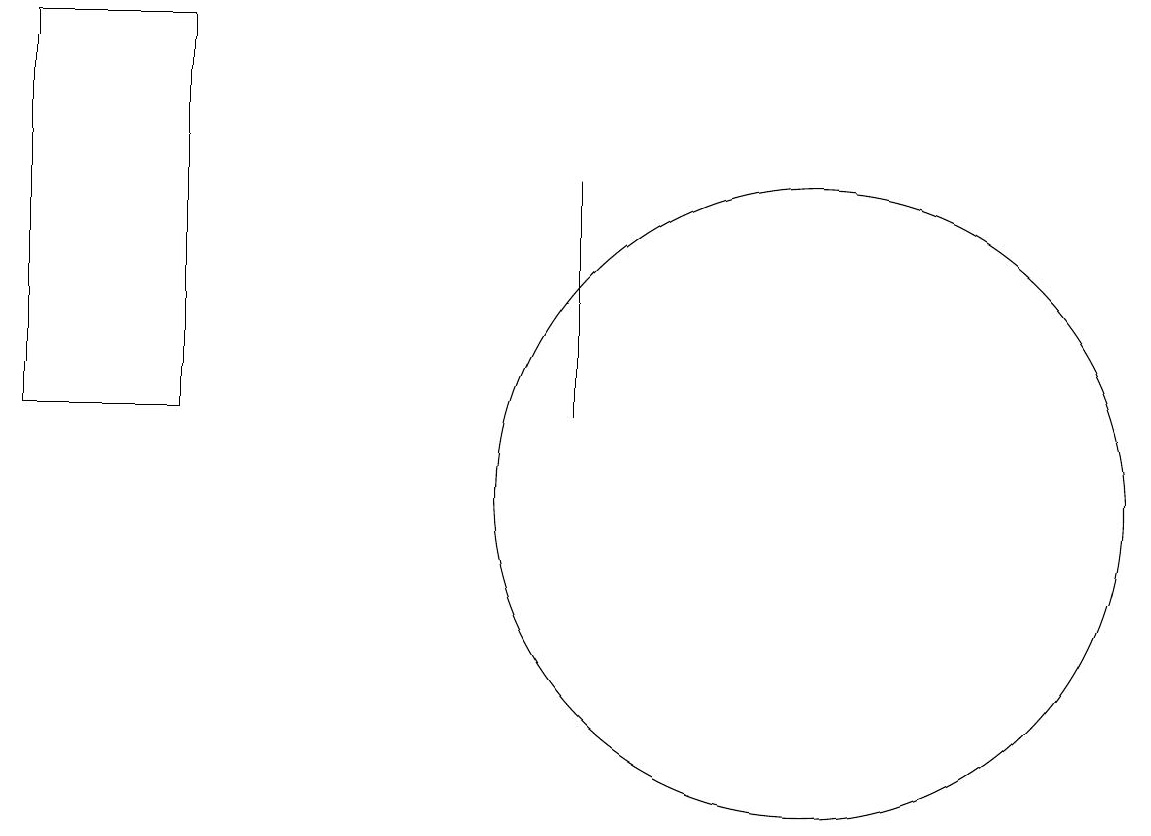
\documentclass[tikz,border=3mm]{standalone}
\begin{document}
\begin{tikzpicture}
\draw (10,11) circle (4);
\draw (7,12) rectangle (7,15);
\draw (2,17) rectangle (0,12);
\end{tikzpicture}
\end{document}